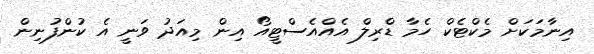
އިނާމަކަށް މެކްޓެކް ހެމާ ޑްރިލް އެއްއެސްޓީއޯ އިން މިއަދު ވަނީ އެ ކުންފުނިން